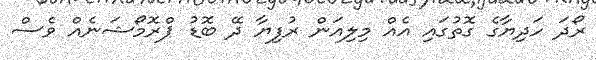
ރޯދަ ހަދިޔާގެ ގޮތުގައި އެއް މިލިއަން ރުފިޔާ ދޭ ބޮޑު ޕްރޮމޯޝަނެއް ވެސް